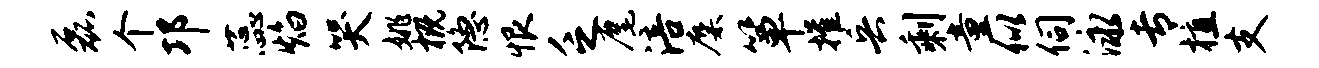
磊个邛蕊焰哭姚概隐恨乏麾涪麋箪摧兵剩童似伺泳专植支